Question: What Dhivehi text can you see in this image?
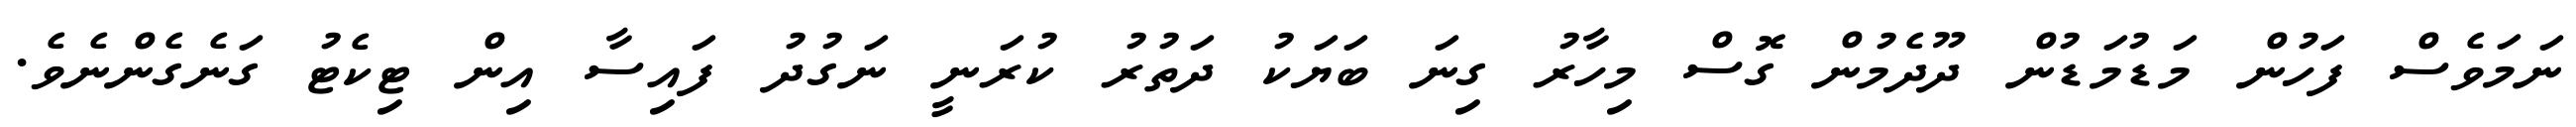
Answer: ނަމަވެސް ފަހުން މަޑުމަޑުން ދޫދެމުން ގޮސް މިހާރު ގިނަ ބަޔަކު ދަތުރު ކުރަނީ ނަގުދު ފައިސާ އިން ޓިކެޓު ގަނެގެންނެވެ.